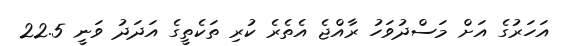
އަހަރުގެ އަށް މަސްދުވަހު ރާއްޖެ އެތެރެ ކުރި ތަކެތީގެ އަދަދު ވަނީ 22.5